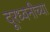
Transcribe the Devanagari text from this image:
दूरध्वनीच्या